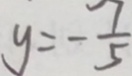
y = - \frac { 7 } { 5 }